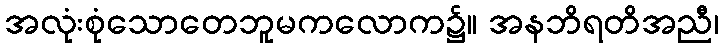
အလုံးစုံသောတေဘူမကလောက၌။ အနဘိရတိအညီ၊